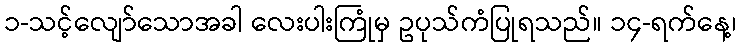
၁-သင့်လျော်သောအခါ လေးပါးကြုံမှ ဥပုသ်ကံပြုရသည်။ ၁၄-ရက်နေ့၊